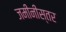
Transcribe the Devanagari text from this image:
जमीनीस्तर